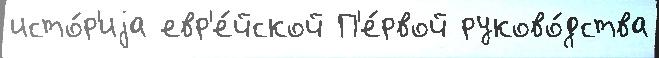
исто́р'иjа евр'е́йской П'е́рвой руково́дства